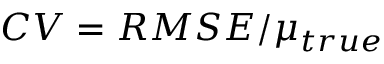
C V = { R M S E } / { \mu _ { t r u e } }